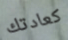
كعادتك